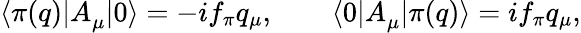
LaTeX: \langle\pi(q)|A_{\mu}^{}|0\rangle=-if_{\pi}q_{\mu},\qquad\langle 0|A_{\mu}^{}|\pi(q)\rangle=if_{\pi}q_{\mu},